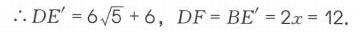
$\therefore DE' = 6\sqrt{5}+6$，$DF = BE' = 2x = 12$.